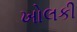
ખોલકી